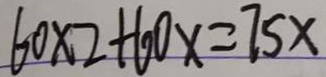
6 0 \times 2 + 6 0 x = 7 5 x